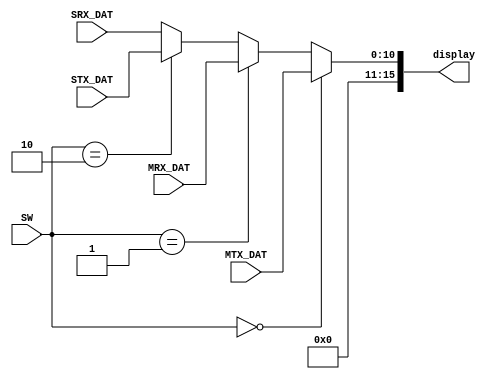
`timescale 1ns / 1ps
//////////////////////////////////////////////////////////////////////////////////
// Company: 
// Engineer: 
// 
// Design Name: 
// Module Name:    MUX64_16 
// Project Name: 
// Target Devices: 
// Tool versions: 
// Description: 
//
// Dependencies: 
//
// Revision: 
// Revision 0.01 - File Created
// Additional Comments: 
//
//////////////////////////////////////////////////////////////////////////////////
`define m 11

module MUX64_16(	input [`m-1:0] MTX_DAT,		output wire [15:0] display,
						input [`m-1:0] MRX_DAT,
						input [`m-1:0] STX_DAT,
						input [`m-1:0] SRX_DAT,
						input [1:0] SW
					  );

	assign display = 	(SW == 0) ? MTX_DAT :
							(SW == 1) ? MRX_DAT :
							(SW == 2) ? STX_DAT :
											SRX_DAT ;

endmodule